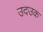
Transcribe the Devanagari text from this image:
उदउक